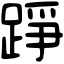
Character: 踭